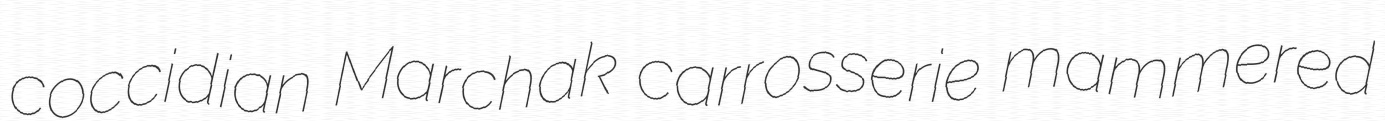
coccidian Marchak carrosserie mammered